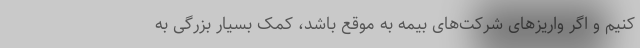
کنیم و اگر واریزهای شرکت‌های بیمه به موقع باشد، کمک بسیار بزرگی به